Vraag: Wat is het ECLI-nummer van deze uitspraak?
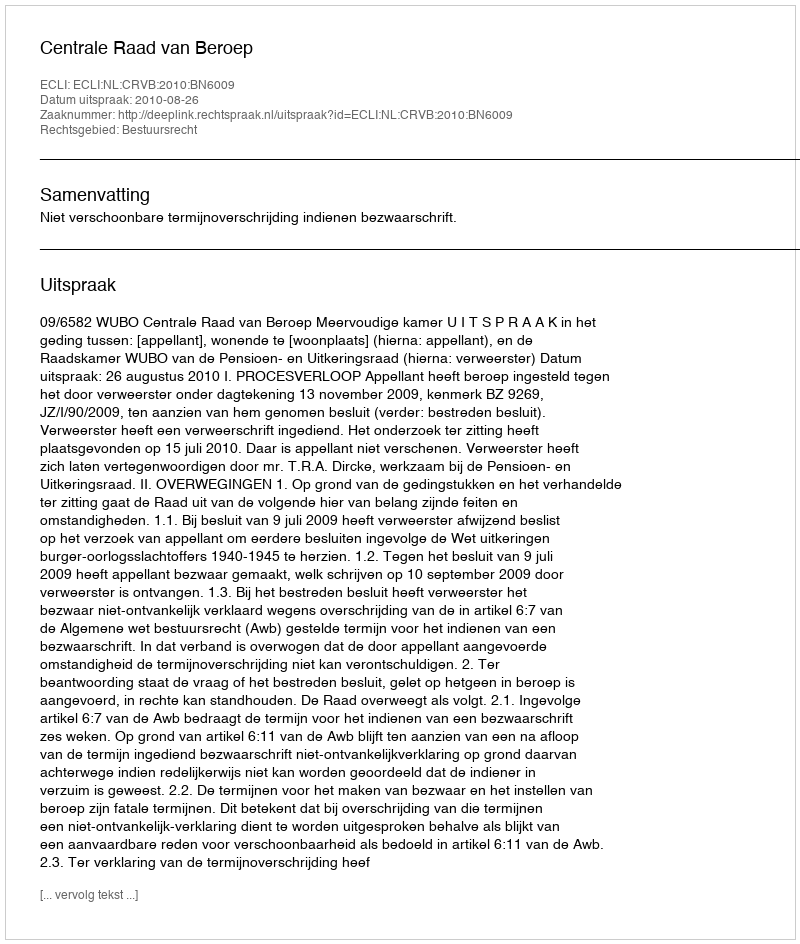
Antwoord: ECLI:NL:CRVB:2010:BN6009